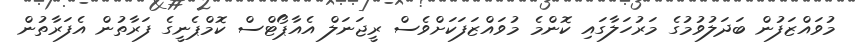
މުވައްޒަފުން ބަދަލުވުމުގެ މަރުހަލާގައި ކޮންމެ މުވައްޒަފަކަށްވެސް ރީޖަނަލް އެއާޕޯޓްސް ކޮމްޕެނީގެ ފަރާތުން އެފަރާތުން